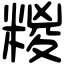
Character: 糉